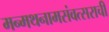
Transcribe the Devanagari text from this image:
मन्मथनामसंवत्सराची